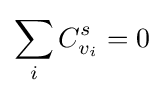
\sum _{i}C_{v_{i}}^{s}=0